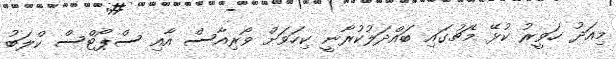
މިއަދު ހަވީރު ކުޅޭ މެޗުގައި ބައްދަލުކުރާނީ ކިހަވަށް ވޯރިއާސް އާއި ސްޕޯޓްސް ކްލަބު